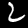
Digit: 2